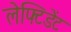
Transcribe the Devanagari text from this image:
लेफ्टिडेंट